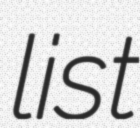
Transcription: list